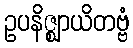
ဥပနိဇ္ဈာယိတဗ္ဗံ